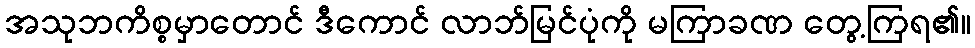
အသုဘကိစ္စမှာတောင် ဒီကောင် လာဘ်မြင်ပုံကို မကြာခဏ တွေ့ကြရ၏။